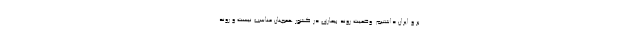
بر و ایران داشتیم. وضعیت روند بیماری در کشور همچنان مناسب نیست و روند